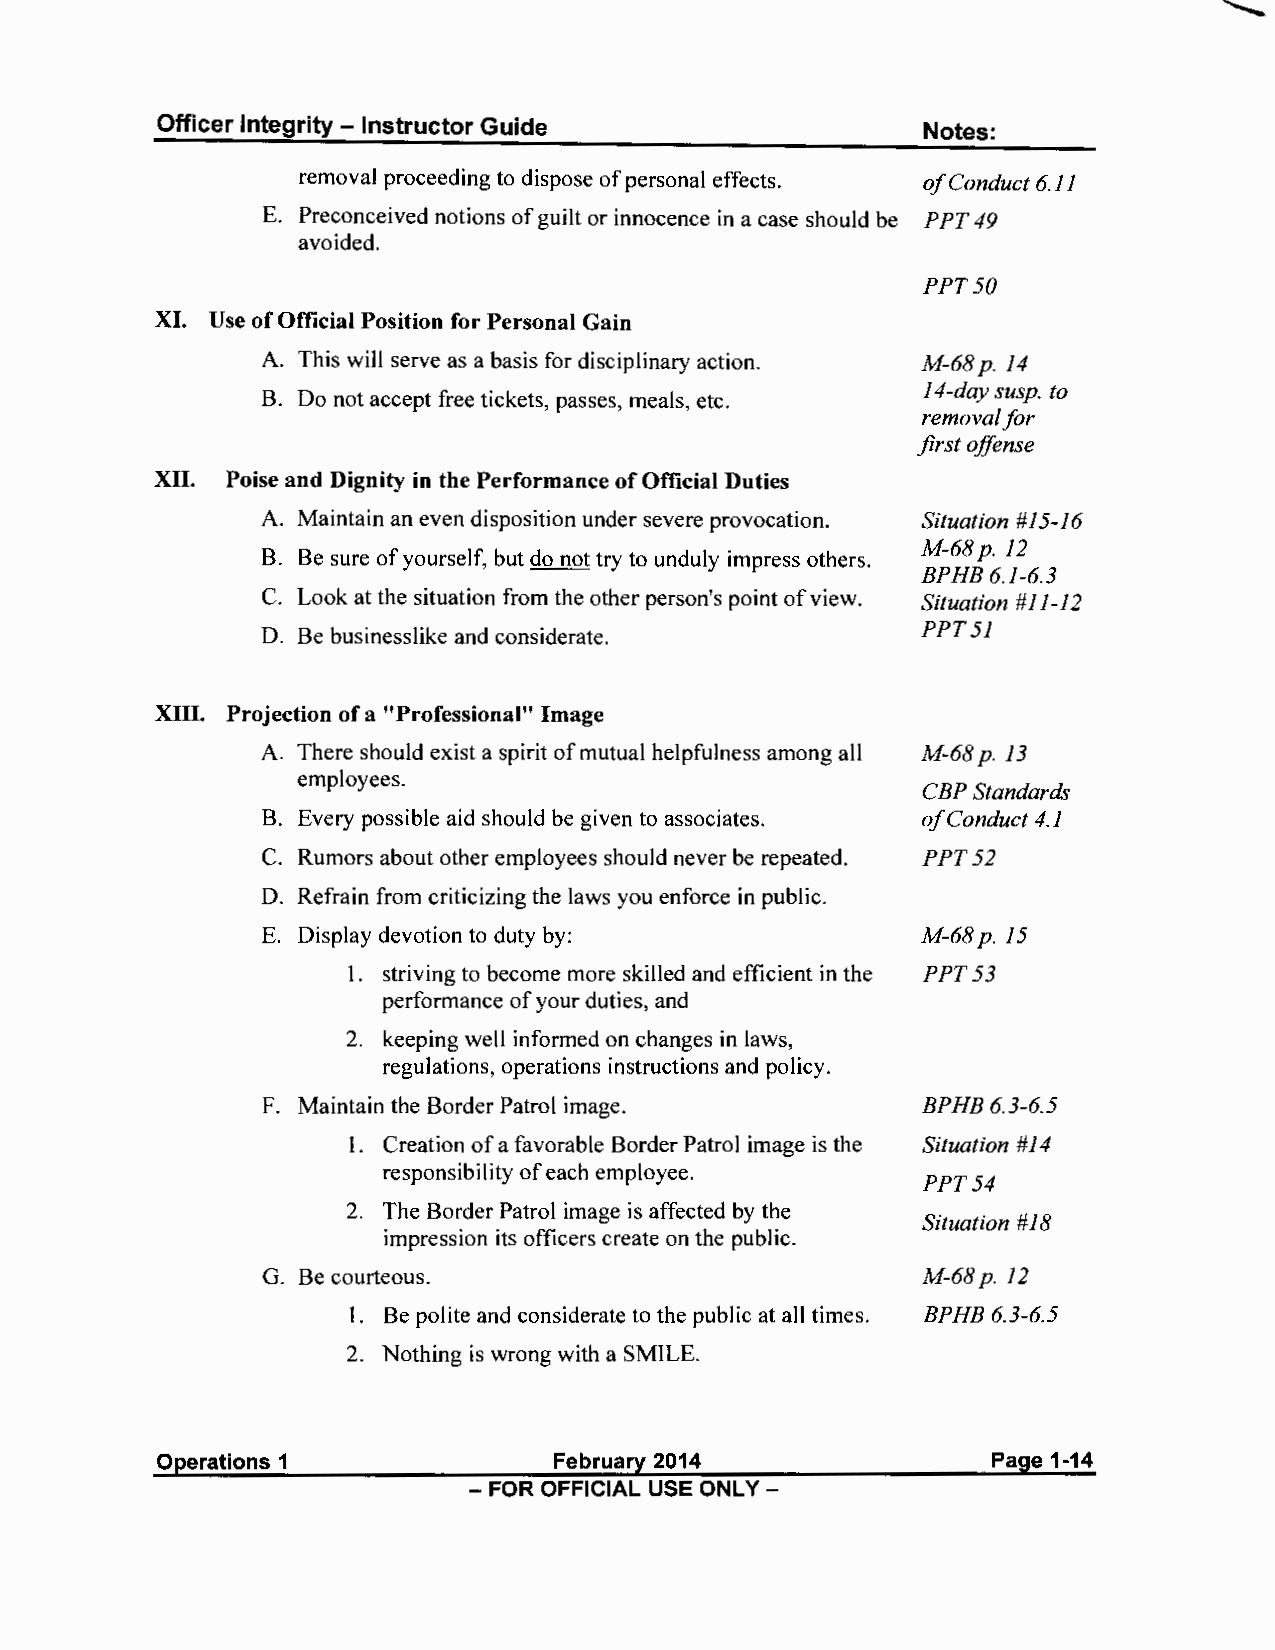
Officer Integrity - Instructor Guide               Notes:
 removal proceeding to dispose of personal effects. of Conduct 6.11
 E. Preconceived notions of guilt or innocence in a case should be p PT 49
 avoided.
 PPT50
 XI. Use of Official Position for Personal Gain
 A. This will serve as a basis for disciplinary action. M-68 p. 14
 14-day susp. to
 B. Do not accept free tickets, passes, meals, etc.
 removal for
 first offense
 XII. Poise and Dignity in the Performance of Official Duties
 A. Maintain an even disposition under severe provocation. Situation #15-16
 M-68 p. 12
 B. Be sure of yourself, but do not try to unduly impress others.
 BPHB 6.1-6.3
 C. Look at the situation from the other person's point of view. Situation #1 1-12
 D. Be businesslike and considerate.         PPT51
 XIII. Projection of a "Professional" Image
 A. There should exist a spirit of mutual helpfulness among all M-68 p. 13
 employees.
 CBP Standards
 B. Every possible aid should be given to associates. of Conduct 4.1
 C. Rumors about other employees should never be repeated. PPT52
 D. Refrain from criticizing the laws you enforce in public.
 E. Display devotion to duty by:             M-68 p. 15
 1. striving to become more skilled and efficient in the PPT53
 performance of your duties, and
 2. keeping well informed on changes in laws,
 regulations, operations instructions and policy.
 F. Maintain the Border Patrol image.        BPHB 6.3-6.5
 I. Creation of a favorable Border Patrol image is the Situation #14
 responsibility of each employee.
 PPT54
 2. The Border Patrol image is affected by the
 Situation #18
 impression its officers create on the public.
 G. Be courteous.                            M-68 p. 12
 I. Be polite and considerate to the public at all times. BPHB 6.3-6.5
 2. Nothing is wrong with a SMILE.
 Operations 1              February 2014                Page 1-14
 - FOR OFFICIAL USE ONLY -